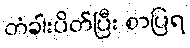
တံခါးပိတ်ပြီး စာပြရ